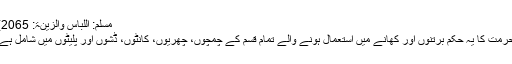
مسلم: اللباس والزینۃ: 2065)
حرمت کا یہ حکم برتنوں اور کھانے میں استعمال ہونے والے تمام قسم کے چمچوں، چھریوں، کانٹوں، ڈشوں اور پلیٹوں میں شامل ہے۔